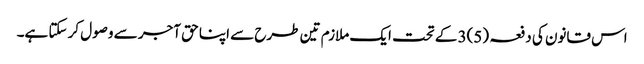
اس قانون کی دفعہ (5)3 کے تحت ایک ملازم تین طرح سے اپنا حق آجر سے وصول کر سکتا ہے۔